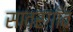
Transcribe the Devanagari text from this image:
सावरगाँव